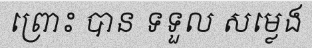
ព្រោះ បាន ទទួល សម្លេង